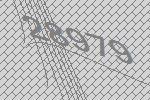
28979